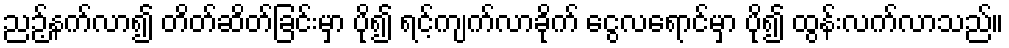
ညဉ့်နက်လာ၍ တိတ်ဆိတ်ခြင်းမှာ ပို၍ ရင့်ကျက်လာခိုက် ငွေလရောင်မှာ ပို၍ ထွန်းလက်လာသည်။